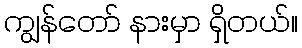
ကျွန်တော် နားမှာ ရှိတယ်။